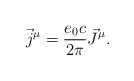
LaTeX: \begin{align*}\vec{j}^\mu = \frac{e_0 c}{2 \pi} \vec{J}^\mu .\end{align*}